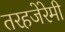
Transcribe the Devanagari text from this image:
तरहजेरेमी